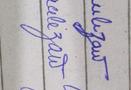
Signature authenticity: forged